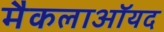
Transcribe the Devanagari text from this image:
मैकलाऑयद